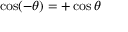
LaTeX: \cos ( - \theta ) = + \cos \theta